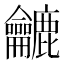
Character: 𪛓